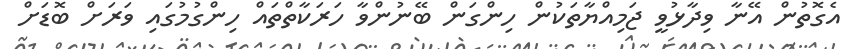
އެގޮތުން އޭނާ ވިދާޅުވީ ޖަމިއްޔާތަކުން ހިންގަން ބޭނުންވާ ހަރަކާތްތައް ހިންގުމުގަައި ވަރަށް ބޮޑަށް